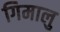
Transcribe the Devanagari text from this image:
गिमालु